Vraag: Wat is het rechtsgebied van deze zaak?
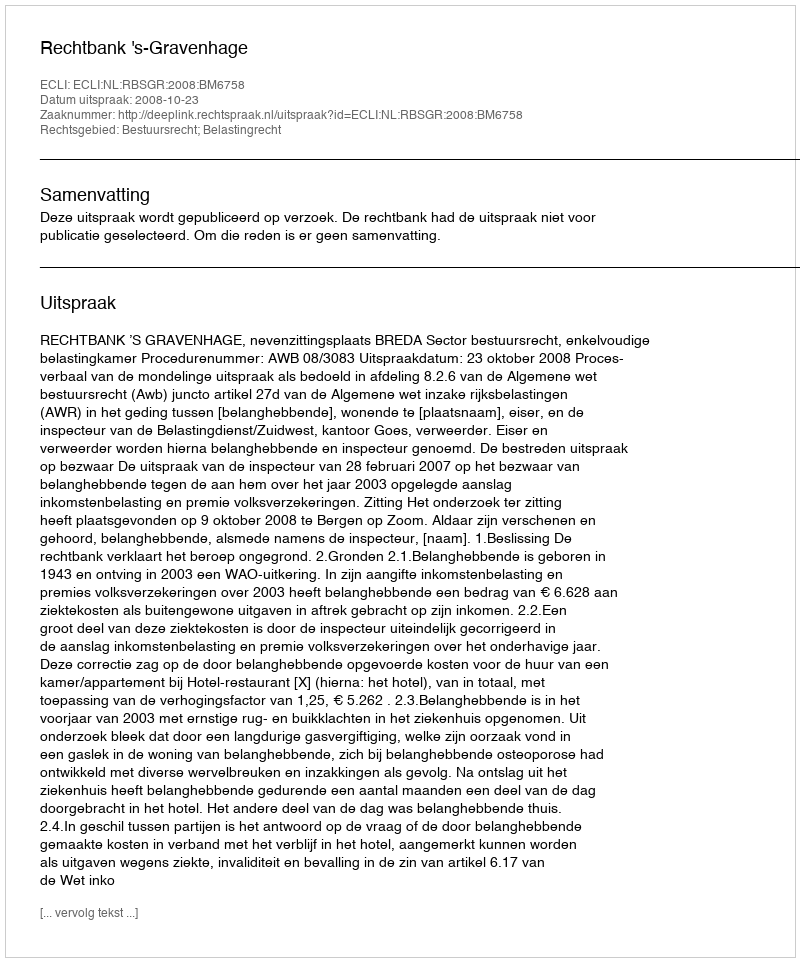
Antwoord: Bestuursrecht; Belastingrecht